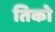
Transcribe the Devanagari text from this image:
तिको